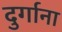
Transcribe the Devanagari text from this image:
दुर्गाना